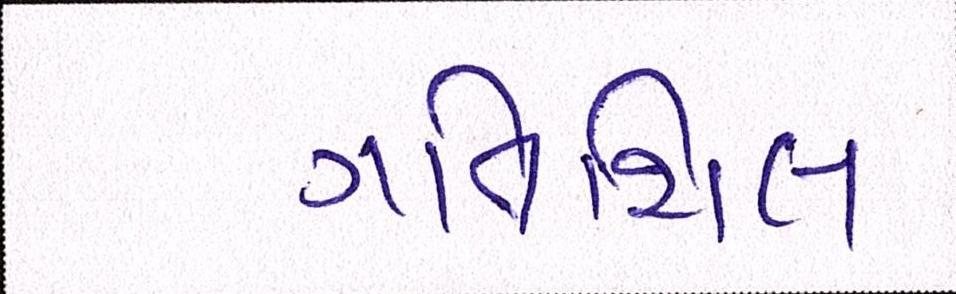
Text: ગતિશિલ